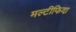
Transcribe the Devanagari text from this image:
मल्टीफिदा